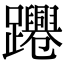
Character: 𨇫